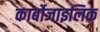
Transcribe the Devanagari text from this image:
कार्बोजाइलिक